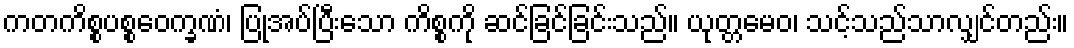
ကတကိစ္စပစ္စဝေက္ခဏံ၊ ပြုအပ်ပြီးသော ကိစ္စကို ဆင်ခြင်ခြင်းသည်။ ယုတ္တမေဝ၊ သင့်သည်သာလျှင်တည်း။